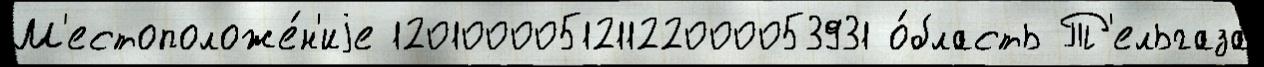
М'естоположе́н'иjе 120100005121122000053931 о́бласть Т'ельгаза